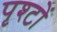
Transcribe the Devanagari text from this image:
पृश्टों